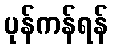
ပုန်ကန်ရန်